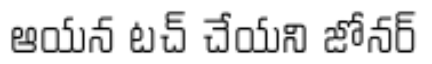
ఆయన టచ్ చేయని జోనర్